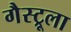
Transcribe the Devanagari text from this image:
गैस्ट्रूला